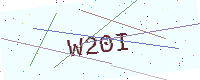
Text: W20I